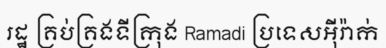
រដ្ឋ គ្រប់គ្រងទីក្រុង Ramadi ប្រទេសអ៊ីរ៉ាក់